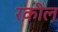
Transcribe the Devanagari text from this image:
रक़ील